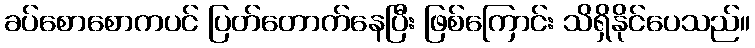
ခပ်စောစောကပင် ပြတ်တောက်နေပြီး ဖြစ်ကြောင်း သိရှိနိုင်ပေသည်။